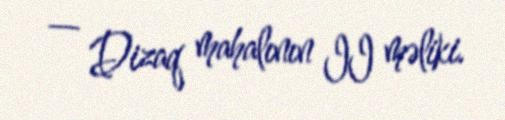
— Dizaq mahalının II məliki.